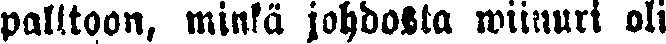
palttoon, minkä johdosta wiinuri oli